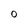
Character: O